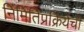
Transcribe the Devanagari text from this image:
निर्मितिप्रक्रियेची